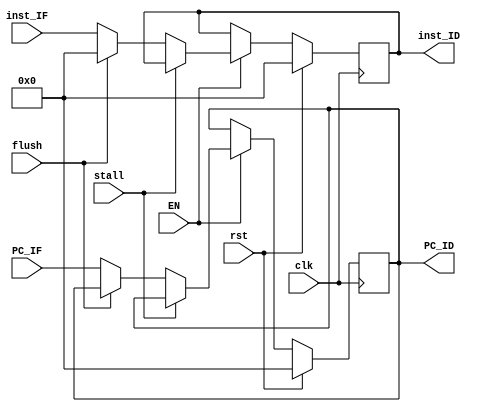
`timescale 1ns / 1ps

module IF_ID(
    input clk,
    input rst,
    input EN,
    input flush,
    input stall,

    input [31:0]        PC_IF,
    input [31:0]        inst_IF,
    
    output reg [31:0]   PC_ID,
    output reg [31:0]   inst_ID
);

    always @(posedge clk) begin
        if(rst) begin
            PC_ID       <= 0;
            inst_ID     <= 0;
        end
        else if(EN) begin
            if(stall) begin
                PC_ID   <= PC_ID;
                inst_ID <= inst_ID;
            end
            else if(flush) begin
                PC_ID   <= PC_ID;
                inst_ID <= 32'h00000000;
            end
            else begin
                PC_ID   <= PC_IF;
                inst_ID <= inst_IF;
            end
        end
        else begin
            PC_ID       <= PC_ID;
            inst_ID     <= inst_ID;
        end
    end
    
    
endmodule